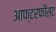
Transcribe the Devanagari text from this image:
आफ्टरफीस्ट